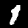
Digit: 1